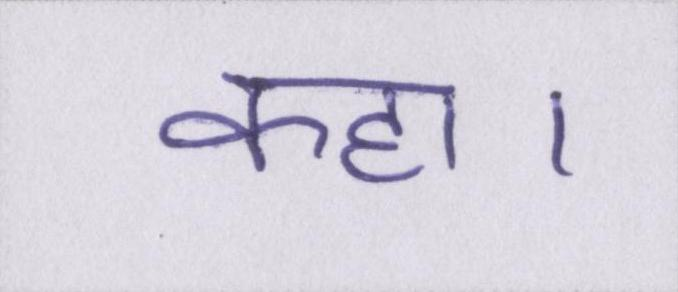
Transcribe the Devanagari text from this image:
कहा।